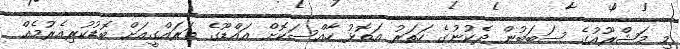
މި މަޝްރޫއުގެ ސަބަބުން ދެކުނުގެ ހަތަރު އަތޮޅު ހާއްސަކޮށް އައްޑޫގެ ތަރައްގީއަށް ބޮޑުކުރިއެރުމެއް